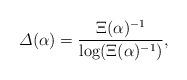
LaTeX: \begin{align*}\varDelta(\alpha)=\frac{\Xi(\alpha)^{-1}}{\log(\Xi(\alpha)^{-1})},\end{align*}